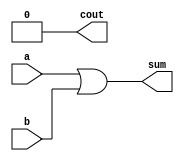
`timescale 1ns / 1ps
//////////////////////////////////////////////////////////////////////////////////
// Company: 
// Engineer: 
// 
// Design Name: 
// Module Name:    approximateadder 
// Project Name: 
// Target Devices: 
// Tool versions: 
// Description: 
//
// Dependencies: 
//
// Revision: 
// Revision 0.01 - File Created
// Additional Comments: 
//
//////////////////////////////////////////////////////////////////////////////////
module approximate_half_adder(
    input  a,
    input  b,
    output  sum,
    output  cout
    );

assign sum = a | b ;
assign cout = 0 ; 

endmodule